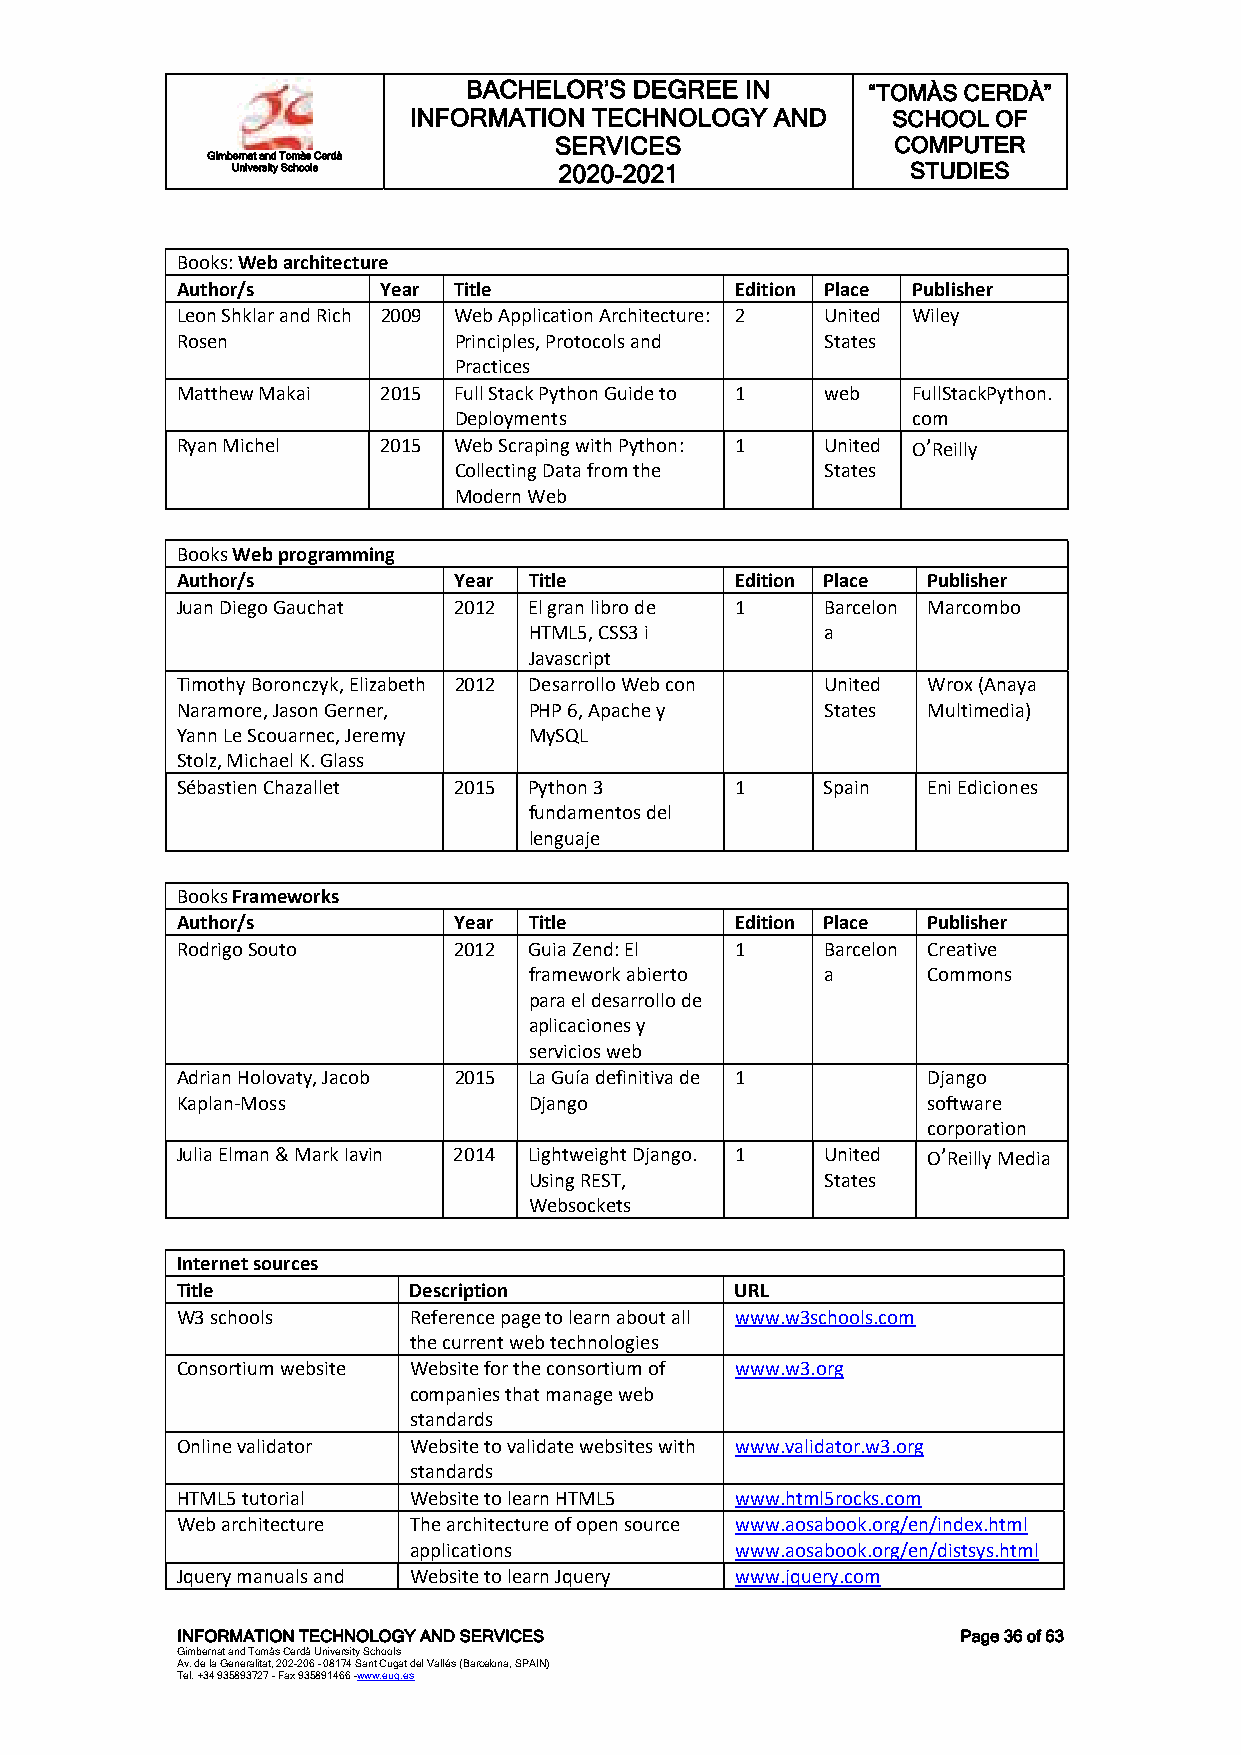
BACHELOR’S DEGREE IN      “TOMÀS CERDÀ”
 INFORMATION TECHNOLOGY  AND     SCHOOL OF
 SERVICES              COMPUTER
 Gimbernat and Tomàs Cerdà
 University Schools    2020-2021              STUDIES
 Books: Web architecture
 Author/s     Year Title              Edition Place Publisher
 Leon Shklar and Rich 2009 Web Application Architecture: 2 United Wiley
 Rosen             Principles, Protocols and States
 Practices
 Matthew Makai 2015 Full Stack Python Guide to 1 web FullStackPython.
 Deployments                   com
 Ryan Michel  2015 Web Scraping with Python: 1 United O’Reilly
 Collecting Data from the States
 Modern Web
 Books Web programming
 Author/s          Year Title         Edition Place Publisher
 Juan Diego Gauchat 2012 El gran libro de 1 Barcelon Marcombo
 HTML5, CSS3 i       a
 Javascript
 Timothy Boronczyk, Elizabeth 2012 Desarrollo Web con United Wrox (Anaya
 Naramore, Jason Gerner, PHP 6, Apache y    States Multimedia)
 Yann Le Scouarnec, Jeremy MySQL
 Stolz, Michael K. Glass
 Sébastien Chazallet 2015 Python 3    1     Spain Eni Ediciones
 fundamentos del
 lenguaje
 Books Frameworks
 Author/s          Year Title         Edition Place Publisher
 Rodrigo Souto     2012 Guia Zend: El 1     Barcelon Creative
 framework abierto   a     Commons
 para el desarrollo de
 aplicaciones y
 servicios web
 Adrian Holovaty, Jacob 2015 La Guía definitiva de 1 Django
 Kaplan-Moss            Django                    software
 corporation
 Julia Elman & Mark Iavin 2014 Lightweight Django. 1 United O’Reilly Media
 Using REST,         States
 Websockets
 Internet sources
 Title          Description           URL
 W3 schools     Reference page to learn about all www.w3schools.com
 the current web technologies
 Consortium website Website for the consortium of www.w3.org
 companies that manage web
 standards
 Online validator Website to validate websites with www.validator.w3.org
 standards
 HTML5 tutorial Website to learn HTML5 www.html5rocks.com
 Web architecture The architecture of open source www.aosabook.org/en/index.html
 applications          www.aosabook.org/en/distsys.html
 Jquery manuals and Website to learn Jquery www.jquery.com
 INFORMATION TECHNOLOGY AND SERVICES                 Page 36 of 63
 Gimbernat and Tomàs Cerdà University Schools
 Av. de la Generalitat, 202-206 - 08174 Sant Cugat del Vallés (Barcelona, SPAIN)
 Tel. +34 935893727 - Fax 935891466 -www.eug.es